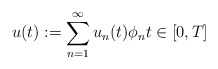
\begin{align*} u(t) := \sum_{n = 1}^{\infty} u_{n}(t) \phi_{n} t \in [0, T] \end{align*}